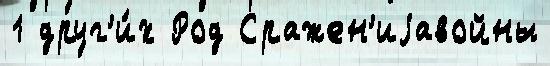
1 друг'и́х Род Сражен'иjавойны